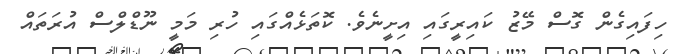
ހިފައިގެން ގޮސް މޭޒު ކައިރީގައި އިށީނެވެ. ކޮތަޅެއްގައި ހުރި މަމީ ނޫޑްލްސް އުރަތައް